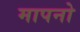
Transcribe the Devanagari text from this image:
मापनो